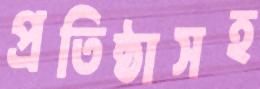
প্রতিষ্ঠাসহ